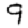
Digit: 9